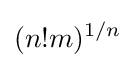
(n!m)^{1/n}